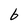
Character: 6